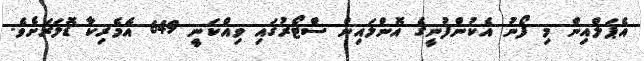
އެޕަލްއިން މި ފޯނު އެކުންފުނީގެ އޮންލައިން ސްޓޯރުގައި ވިއްކަނީ 649 އެމެރިކާ ޑޮލަރަށެވެ.